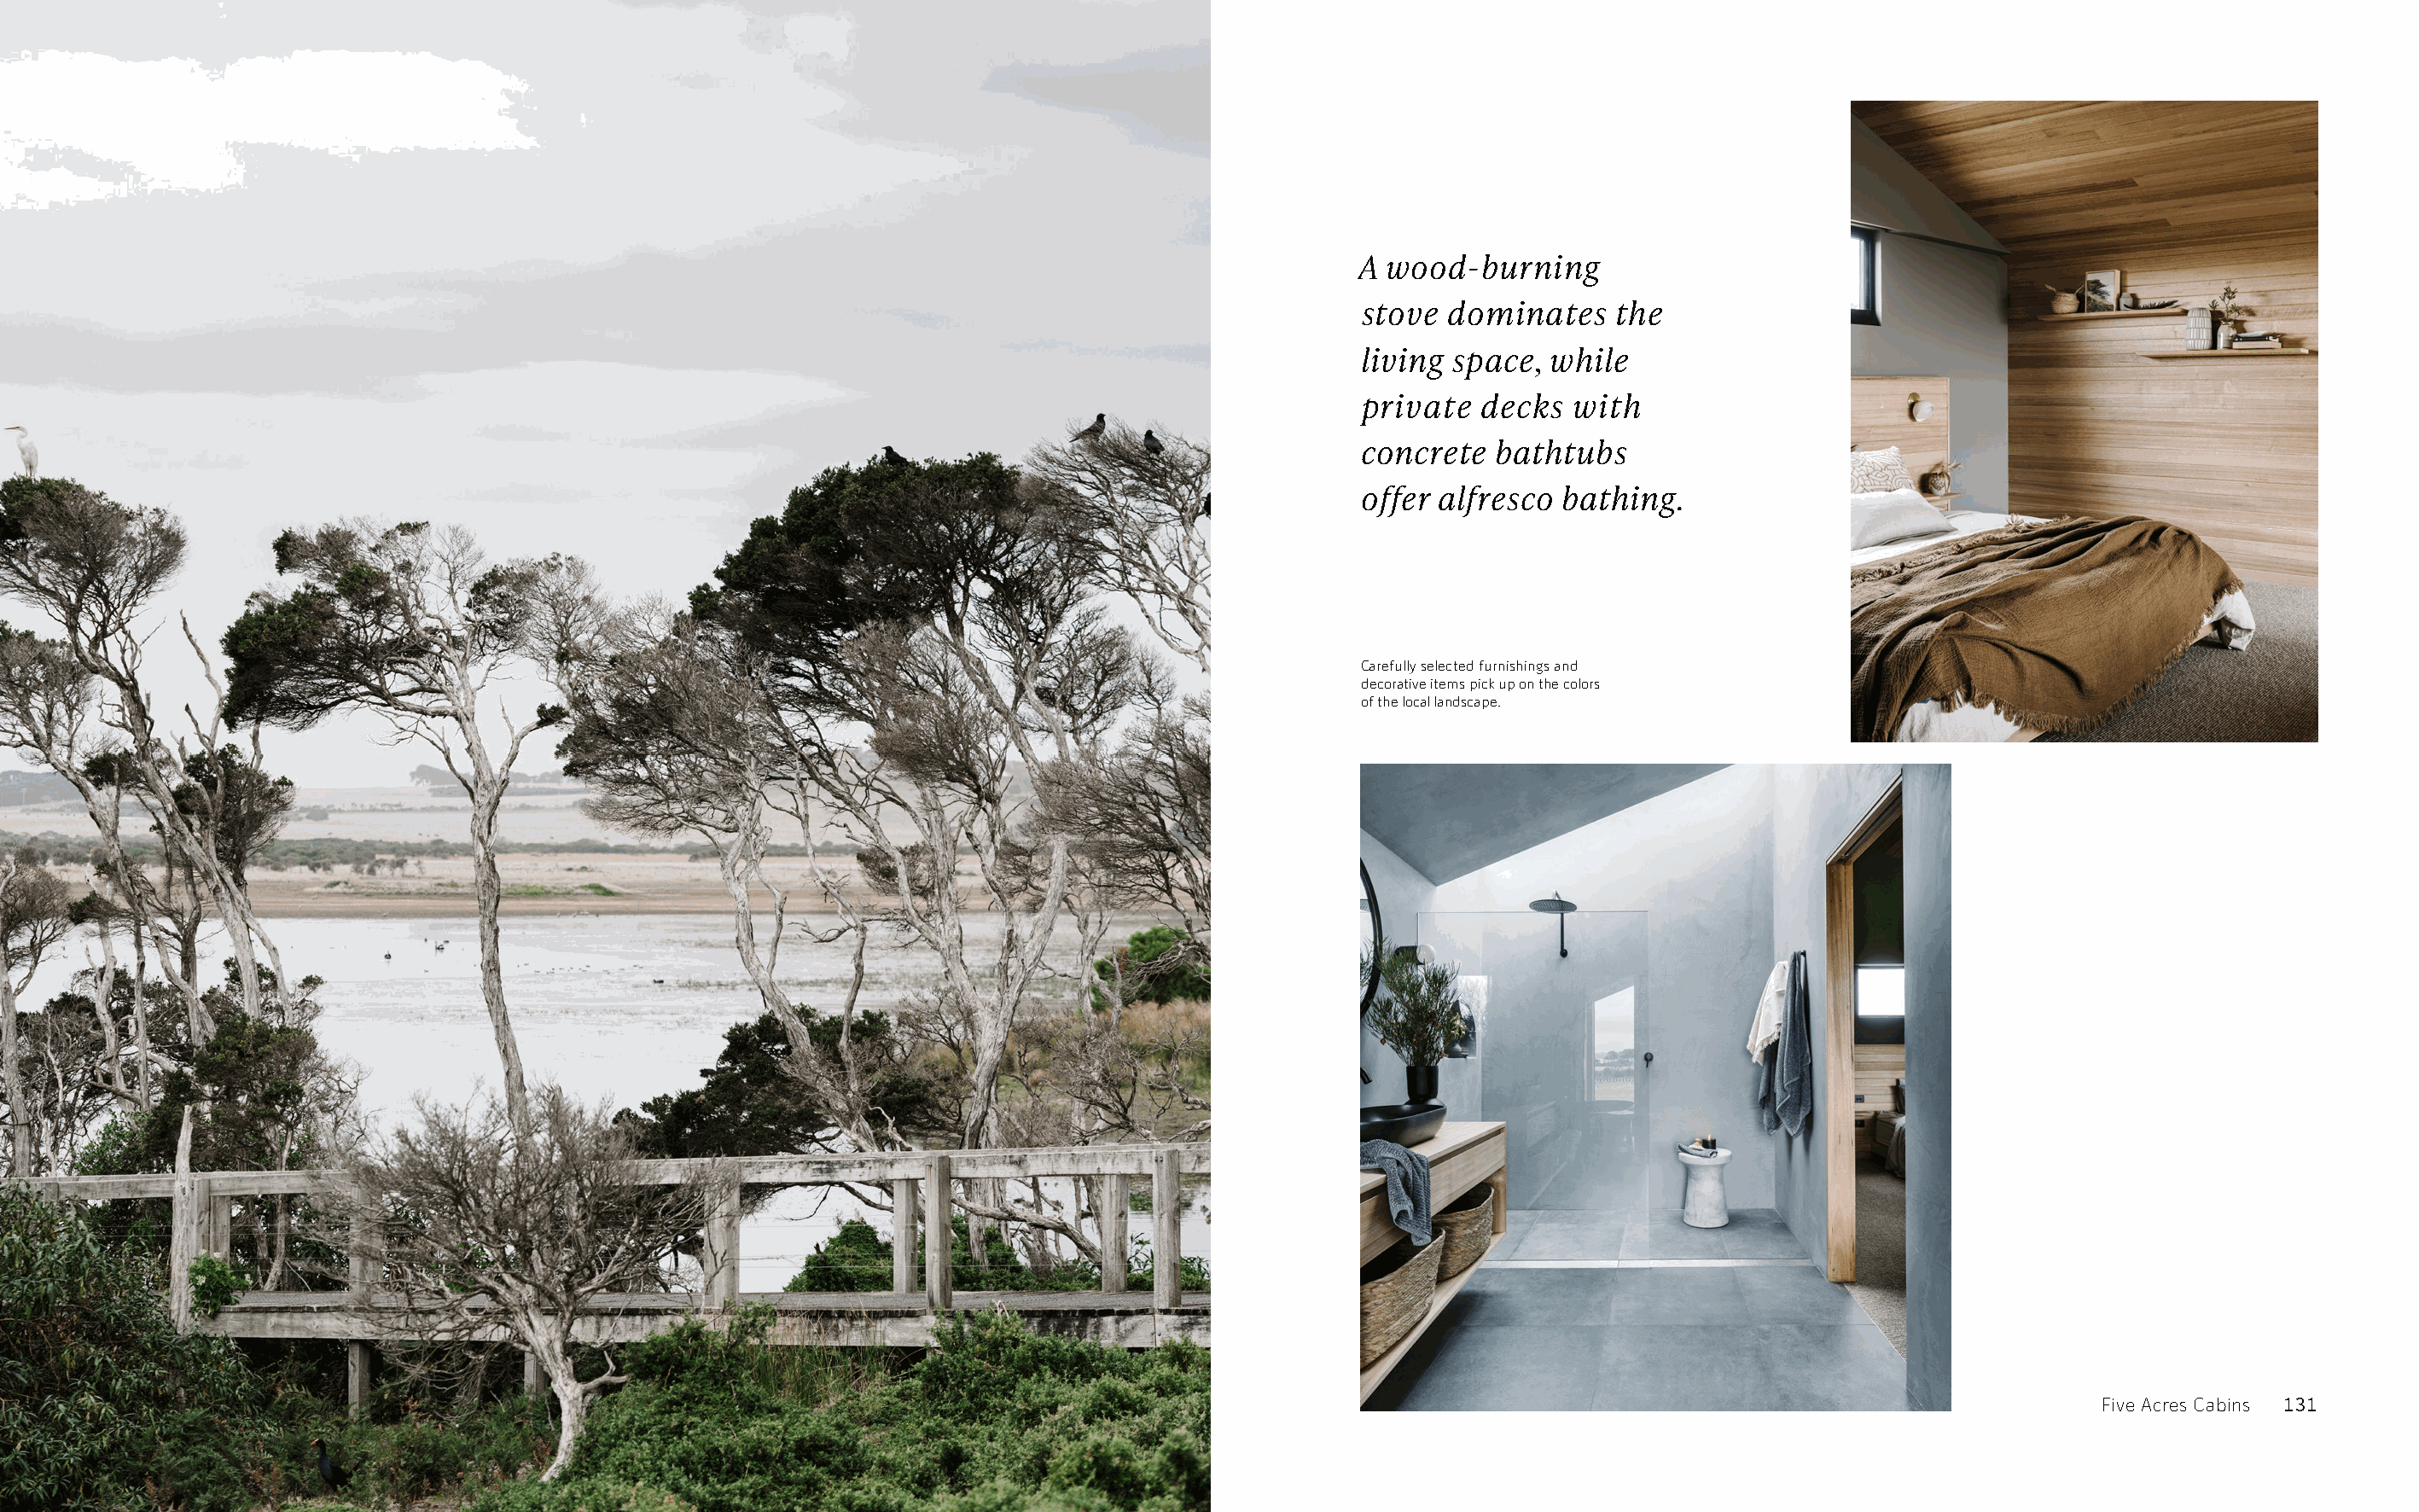
A  wood-burning
 stove dominates    the
 l iving space, while
 p rivate decks  with
 c oncrete bathtubs
 o ffer alf resco bathing.
 Carefully selected furnishings and
 decorative items pick up on the colors
 of the local landscape.
 Five Acres Cabins 131